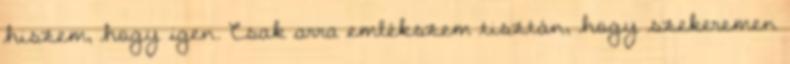
hiszem, hogy igen. Csak arra emlékszem tisztán, hogy szekeremen